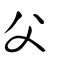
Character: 父